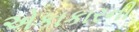
એકાકારની